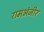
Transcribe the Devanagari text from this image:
रामअंजीर